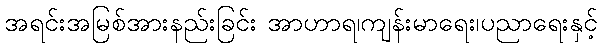
အရင်းအမြစ်အားနည်းခြင်း အာဟာရ၊ကျန်းမာရေး၊ပညာရေးနှင့်